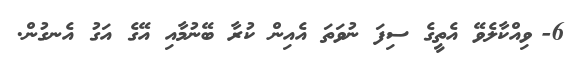
6-	ވިއްކާލެވޭ އެތީގެ ސިފަ ނުވަތަ އެއިން ކުރާ ބޭނުމާއި އޭގެ އަގު އެނގުން.